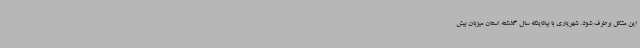
این مشکل برطرف شود. شهریاری با بیاناینکه سال گذشته استان میزبان بیش